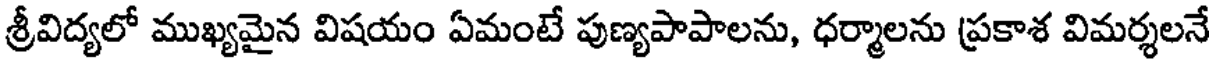
శ్రీవిద్యలో ముఖ్యమైన విషయం ఏమంటే పుణ్యపాపాలను, ధర్మాలను ప్రకాశ విమర్శలనే